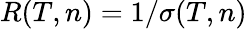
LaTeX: R(T,n)=1/\sigma(T,n)